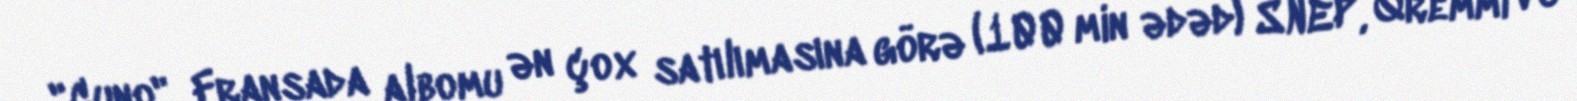
"Cuno", Fransada albomu ən çox satılımasına görə (100 min ədəd) SNEP, Qremmi və